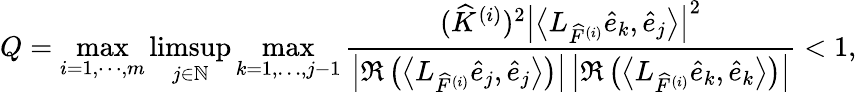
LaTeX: Q=\operatorname*{max}_{i=1,\cdots,m}\operatorname*{limsup}_{j\in\mathbb{N}}\operatorname*{max}_{k=1,\dots,j-1}\frac{(\widehat{K}^{(i)})^{2}\left|\left\langle L_{\widehat{F}^{(i)}}\widehat{e}_{k},\widehat{e}_{j}\right\rangle\right|^{2}}{\left|\Re\left(\left\langle L_{\widehat{F}^{(i)}}\widehat{e}_{j},\widehat{e}_{j}\right\rangle\right)\right|\left|\Re\left(\left\langle L_{\widehat{F}^{(i)}}\widehat{e}_{k},\widehat{e}_{k}\right\rangle\right)\right|}<1,